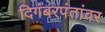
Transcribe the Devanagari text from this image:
दिगंबरपंतांवर